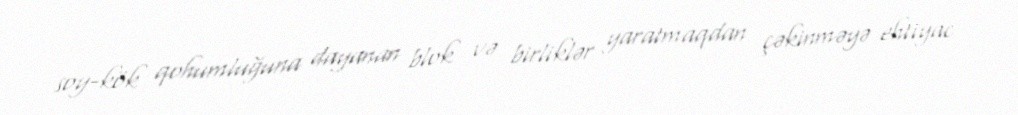
soy-kök qohumluğuna dayanan blok və birliklər yaratmaqdan çəkinməyə ehtiyac